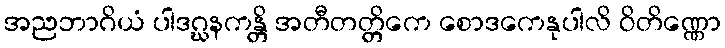
အညဘာဂိယံ ပါဒဂ္ဃနကန္တိ အတီတတ္တိကေ စောဒကေနုပါလိ ဝိတိဏ္ဏော